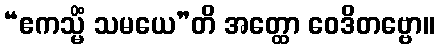
“ဧကသ္မိံ သမယေ”တိ အတ္ထော ဝေဒိတဗ္ဗော။